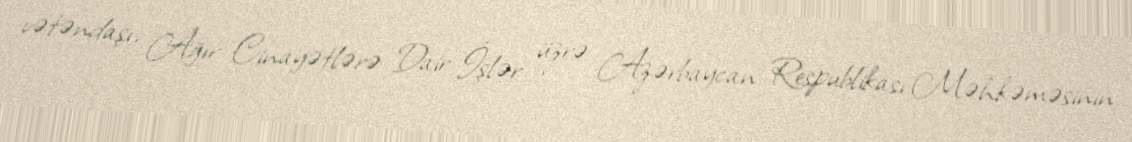
vətəndaşı, Ağır Cinayətlərə Dair İşlər üzrə Azərbaycan Respublikası Məhkəməsinin